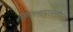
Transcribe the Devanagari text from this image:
सिमलापल्ली